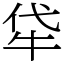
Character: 牮